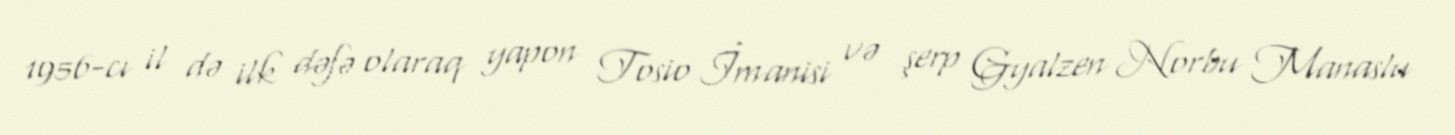
1956-cı il də ilk dəfə olaraq yapon Tosio İmanisi və şerp Gyalzen Norbu Manaslu